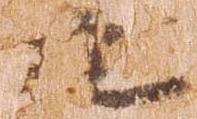
九